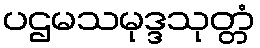
ပဌမသမုဒ္ဒသုတ္တံ